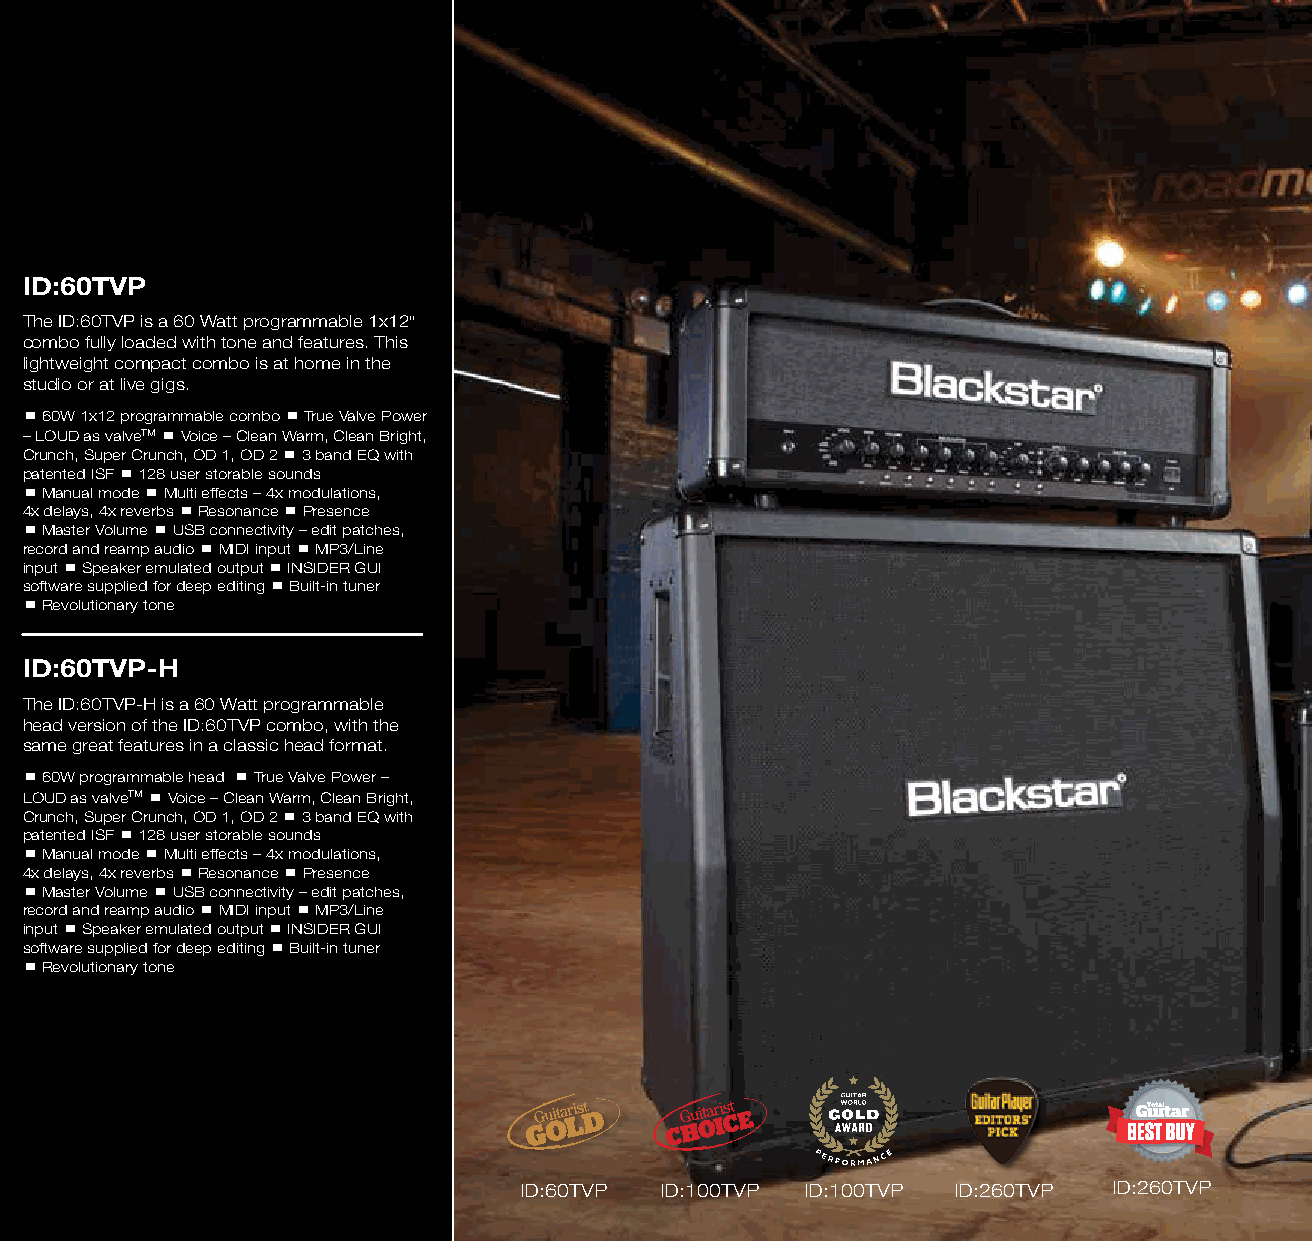
ID:60TVP
 The ID:60TVP is a 60 Watt programmable 1x12"
 combo fully loaded with tone and features. This
 lightweight compact combo is at home in the
 studio or at live gigs.
  60W 1x12 programmable combo  True Valve Power
 – LOUD as valveTM  Voice – Clean Warm, Clean Bright,
 Crunch, Super Crunch, OD 1, OD 2  3 band EQ with
 patented ISF  128 user storable sounds
  Manual mode  Multi effects – 4x modulations,
 4x delays, 4x reverbs  Resonance  Presence
  Master Volume  USB connectivity – edit patches,
 record and reamp audio  MIDI input  MP3/Line
 input  Speaker emulated output  INSIDER GUI
 software supplied for deep editing  Built-in tuner
  Revolutionary tone
 ID:60TVP-H
 The ID:60TVP-H is a 60 Watt programmable
 head version of the ID:60TVP combo, with the
 same great features in a classic head format.
  60W programmable head  True Valve Power –
 LOUD as valveTM  Voice – Clean Warm, Clean Bright,
 Crunch, Super Crunch, OD 1, OD 2  3 band EQ with
 patented ISF  128 user storable sounds
  Manual mode  Multi effects – 4x modulations,
 4x delays, 4x reverbs  Resonance  Presence
  Master Volume  USB connectivity – edit patches,
 record and reamp audio  MIDI input  MP3/Line
 input  Speaker emulated output  INSIDER GUI
 software supplied for deep editing  Built-in tuner
  Revolutionary tone
 ID:60TVP  ID:100TVP ID:100TVP ID:260TVP ID:260TVP